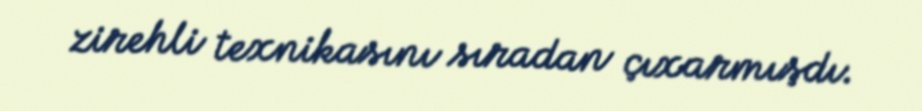
zirehli texnikasını sıradan çıxarmışdı.